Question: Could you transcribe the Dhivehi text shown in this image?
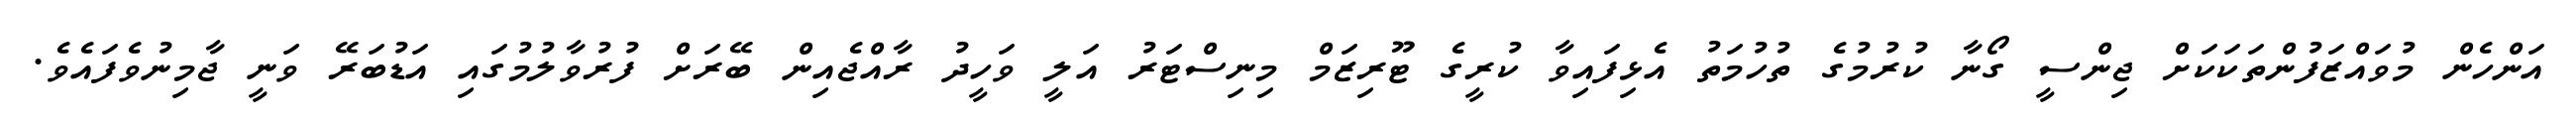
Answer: އަންހެން މުވައްޒަފުންތަކަކަށް ޖިންސީ ގޯނާ ކުރުމުގެ ތުހުމަތު އެޅިފައިވާ ކުރީގެ ޓޫރިޒަމް މިނިސްޓަރު އަލީ ވަހީދު ރާއްޖެއިން ބޭރަށް ފުރުވާލުމުގައި އަޑުބަރޭ ވަނީ ޖާމިނުވެފައެވެ.